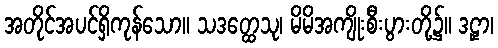
အတိုင်အပင်ရှိကုန်သော။ သဒတ္ထေသု၊ မိမိအကျိုးစီးပွားတို့၌။ ဒဠှာ၊